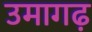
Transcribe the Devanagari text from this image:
उमागढ़